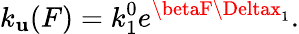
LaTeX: k_{\mathbf{u}}(F)=k_{1}^{0}e^{\betaF\Deltax_{1}}.